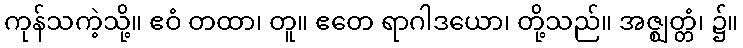
ကုန်သကဲ့သို့။ ဧဝံ တထာ၊ တူ။ ဧတေ ရာဂါဒယော၊ တို့သည်။ အဇ္ဈတ္တံ၊ ၌။